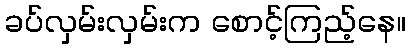
ခပ်လှမ်းလှမ်းက စောင့်ကြည့်နေ။